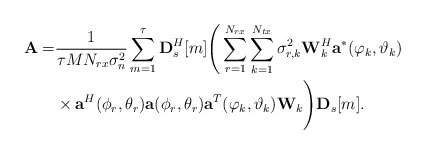
\begin{align*} \textbf{A} =& \frac{1}{\tau MN_{rx}\sigma_n^2}\sum_{m=1}^\tau \textbf{D}_s^H[m] \Bigg(\sum_{r=1}^{N_{rx}}\sum_{k=1}^{N_{tx}}\sigma_{r,k}^2 \textbf{W}_k^H\textbf{a}^{*}(\varphi_{k},\vartheta_{k})\\ &\times\textbf{a}^H(\phi_{r},\theta_{r})\textbf{a}(\phi_{r},\theta_{r})\textbf{a}^{T}(\varphi_{k},\vartheta_{k}) \textbf{W}_k\Bigg)\textbf{D}_s[m].\end{align*}